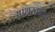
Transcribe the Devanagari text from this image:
आथरटनाने